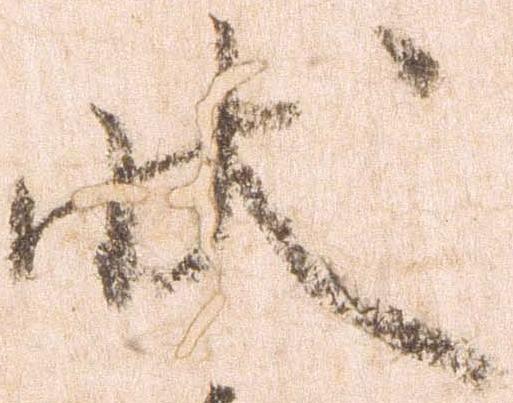
状